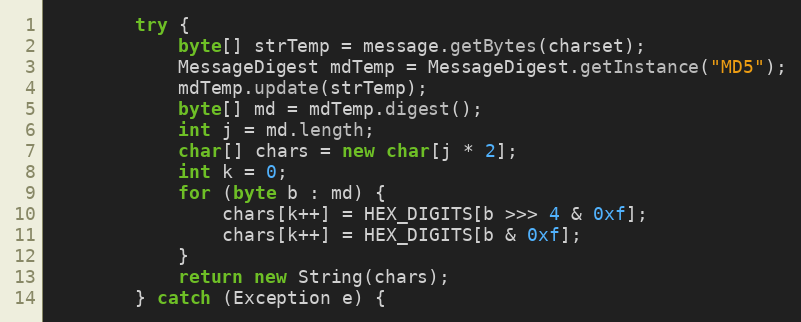
Language: Java
        try {
            byte[] strTemp = message.getBytes(charset);
            MessageDigest mdTemp = MessageDigest.getInstance("MD5");
            mdTemp.update(strTemp);
            byte[] md = mdTemp.digest();
            int j = md.length;
            char[] chars = new char[j * 2];
            int k = 0;
            for (byte b : md) {
                chars[k++] = HEX_DIGITS[b >>> 4 & 0xf];
                chars[k++] = HEX_DIGITS[b & 0xf];
            }
            return new String(chars);
        } catch (Exception e) {